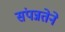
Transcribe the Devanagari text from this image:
संपन्नतेने